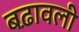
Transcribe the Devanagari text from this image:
बढ़ावली